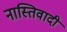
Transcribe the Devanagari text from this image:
नास्तिवादी